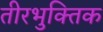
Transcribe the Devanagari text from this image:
तीरभुक्‍तिक